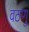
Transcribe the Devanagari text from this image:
वठणु